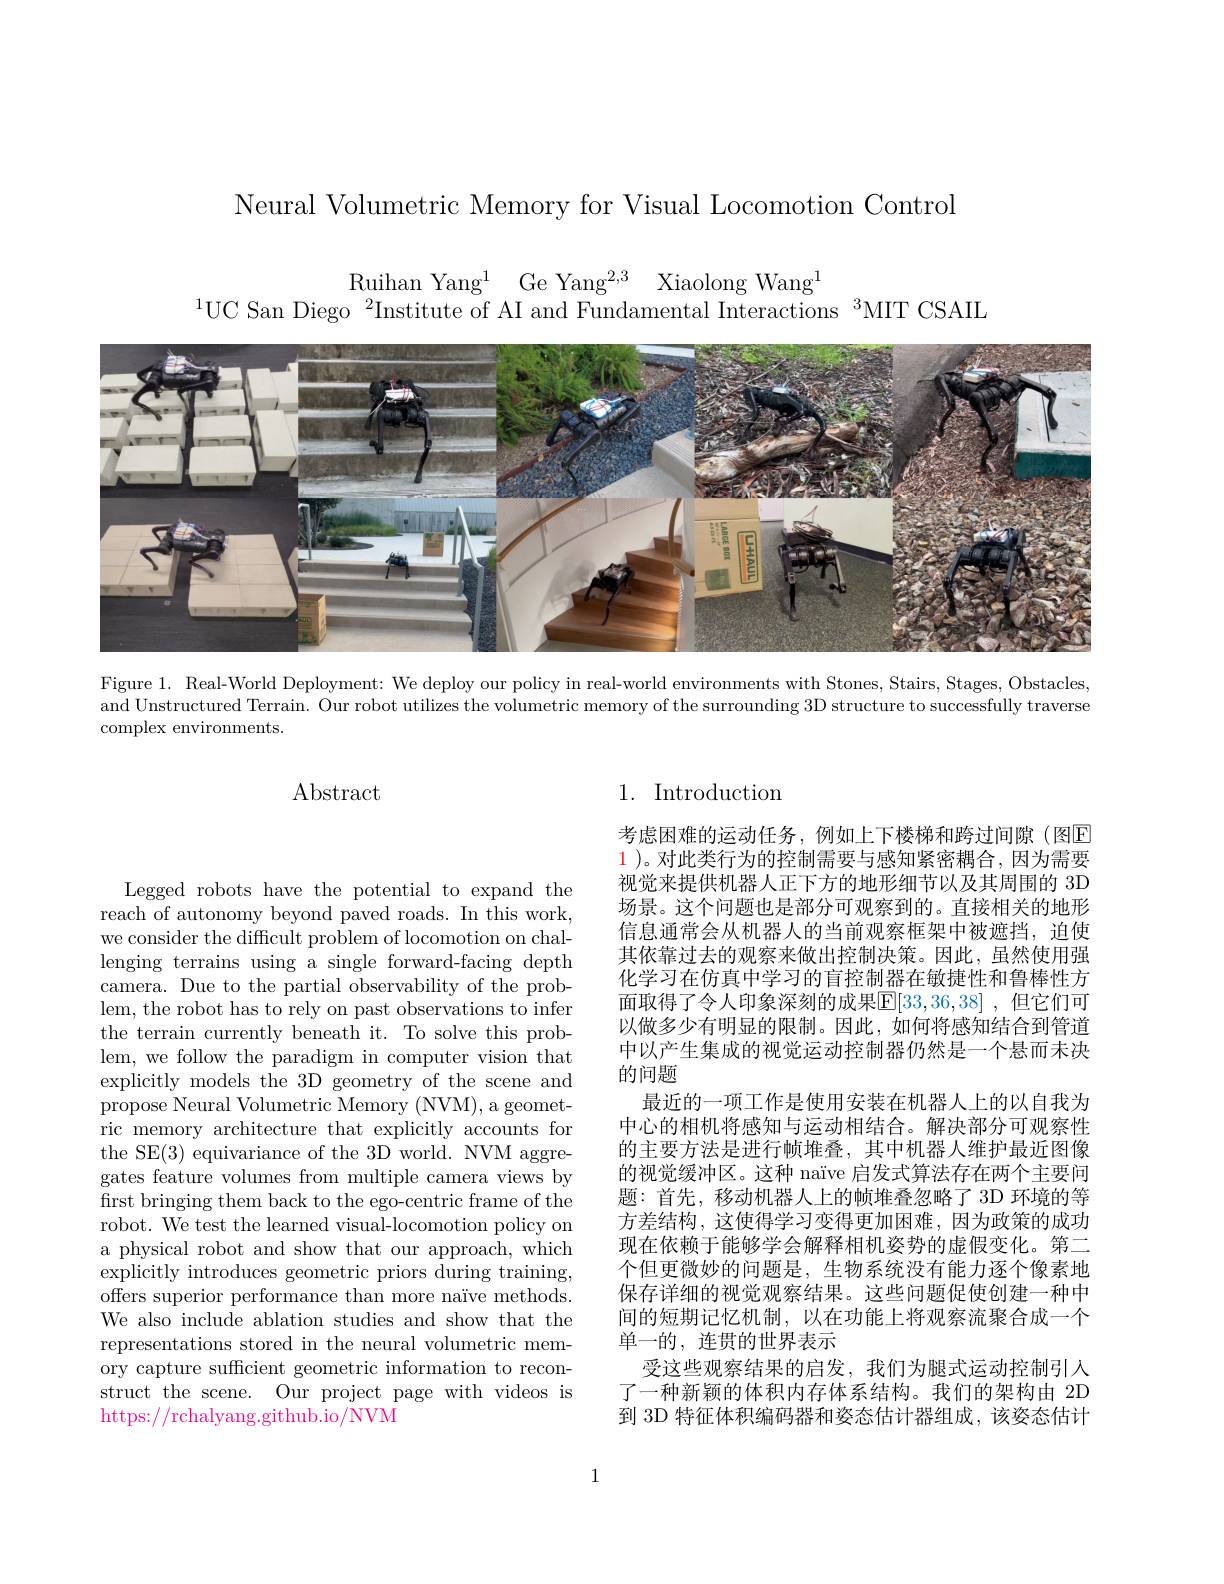
Neural Volumetric Memory for Visual Locomotion Control

Ruihan Yang$^{1}$ Ge Yang$^2, 3$ Xiaolong Wang$^{1}$
$^{1}$UC San Diego$^2$Institute of AI and Fundamental Interactions$^3$MIT CSAIL

<FigureHere>

Figure 1. Real-World Deployment: We deploy our policy in real-world environments with Stones, Stairs, Stages, Obstacles, and Unstructured Terrain. Our robot utilizes the volumetric memory of the surrounding 3D structure to successfully traverse complex environments.

Abstract

1. Introduction

考虑困难的运动任务，例如上下楼梯和跨过间隙(图$\overline{\mathrm{F}}$ 1 )。对此类行为的控制需要与感知紧密耦合，因为需要视觉来提供机器人正下方的地形细节以及其周围的 3D 场景。这个问题也是部分可观察到的。直接相关的地形信息通常会从机器人的当前观察框架中被遮挡，迫使其依靠过去的观察来做出控制决策。因此，虽然使用强化学习在仿真中学习的盲控制器在敏捷性和鲁棒性方面取得了令人印象深刻的成果$\boxed{\mathrm{F} }[ 33, 36, 38]$ ,但它们可以做多少有明显的限制。因此，如何将感知结合到管道中以产生集成的视觉运动控制器仍然是一个悬而未决的问题
最近的一项工作是使用安装在机器人上的以自我为中心的相机将感知与运动相结合。解决部分可观察性的主要方法是进行帧堆叠，其中机器人维护最近图像的视觉缓冲区。这种 naïve 启发式算法存在两个主要问题：首先，移动机器人上的帧堆叠忽略了 3D 环境的等方差结构，这使得学习变得更加困难，因为政策的成功现在依赖于能够学会解释相机姿势的虚假变化。第二个但更微妙的问题是，生物系统没有能力逐个像素地保存详细的视觉观察结果。这些问题促使创建一种中间的短期记忆机制，以在功能上将观察流聚合成一个单一的，连贯的世界表示
受这些观察结果的启发，我们为腿式运动控制引入了一种新颖的体积内存体系结构。我们的架构由 2D 到 3D 特征体积编码器和姿态估计器组成，该姿态估计

Legged robots have the potential to expand the reach of autonomy beyond paved roads. In this work, we consider the difficult problem of locomotion on challenging terrains using a single forward-facing depth camera. Due to the partial observability of the problem, the robot has to rely on past observations to infer the terrain currently beneath it. To solve this problem, we follow the paradigm in computer vision that explicitly models the 3D geometry of the scene and propose Neural Volumetric Memory (NVM), a geometric memory architecture that explicitly accounts for the SE(3) equivariance of the 3D world. NVM aggregates feature volumes from multiple camera views by first bringing them back to the ego-centric frame of the robot. We test the learned visual-locomotion policy on a physical robot and show that our approach, which explicitly introduces geometric priors during training, offers superior performance than more naïve methods. We also include ablation studies and show that the representations stored in the neural volumetric memory capture sufficient geometric information to reconstruct the scene. Our project page with videos is https://rchalyang.github.io/NVM

1